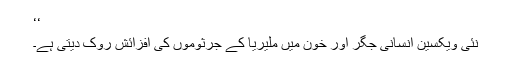
‘‘
نئی ویکسین انسانی جگر اور خون میں ملیریا کے جرثوموں کی افزائش روک دیتی ہے۔